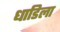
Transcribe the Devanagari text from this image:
धाडिला